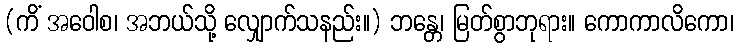
(ကိံ အဝေါစ၊ အဘယ်သို့ လျှောက်သနည်း။) ဘန္တေ၊ မြတ်စွာဘုရား။ ကောကာလိကော၊